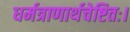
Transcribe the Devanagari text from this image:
धर्मत्राणार्थचेष्टितः।